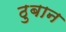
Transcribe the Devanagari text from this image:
ठुबान